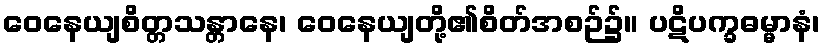
ဝေနေယျစိတ္တသန္တာနေ၊ ဝေနေယျတို့၏စိတ်အစဉ်၌။ ပဋိပက္ခဓမ္မာနံ၊